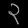
Digit: ၃